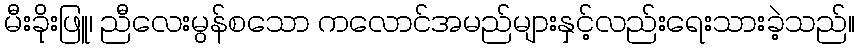
မီးခိုးဖြူ၊ ညီလေးမွန်စသော ကလောင်အမည်များနှင့်လည်းရေးသားခဲ့သည်။